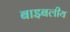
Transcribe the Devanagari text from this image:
बाइबलीय